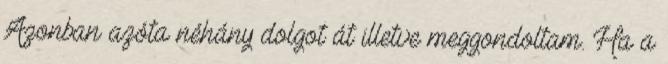
Azonban azóta néhány dolgot át illetve meggondoltam. Ha a